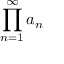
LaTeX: \prod _ { n = 1 } ^ { \infty } a _ { n }